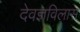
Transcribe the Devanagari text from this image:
देवज्ञविलास